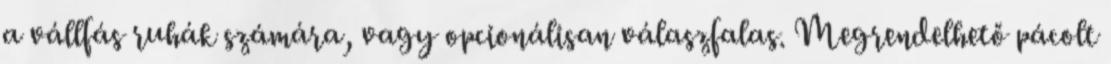
a vállfás ruhák számára, vagy opcionálisan válaszfalas. Megrendelhető pácolt